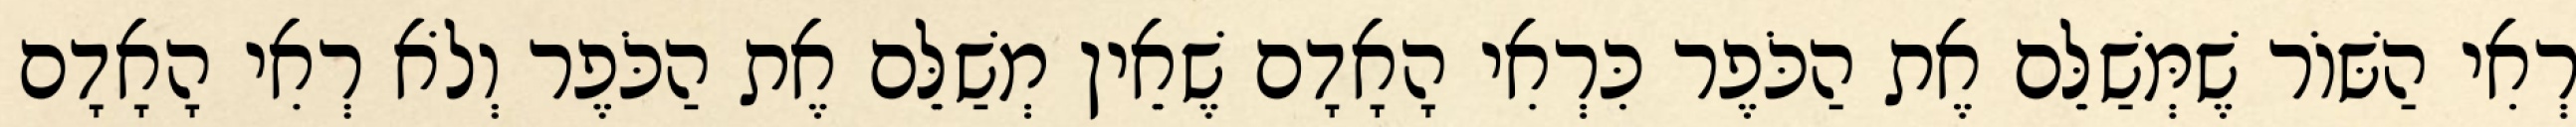
רְאִי הַשּׁוֹר שֶׁמְּשַׁלֵּם אֶת הַכֹּפֶר כִּרְאִי הָאָדָם שֶׁאֵין מְשַׁלֵּם אֶת הַכֹּפֶר וְלֹא רְאִי הָאָדָם